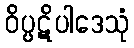
ဝိပ္ပဋိပါဒေသုံ